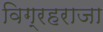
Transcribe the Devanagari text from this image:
विग्रहराजा